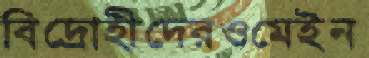
বিদ্রোহীদেরওমেইন